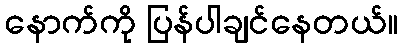
နောက်ကို ပြန်ပါချင်နေတယ်။